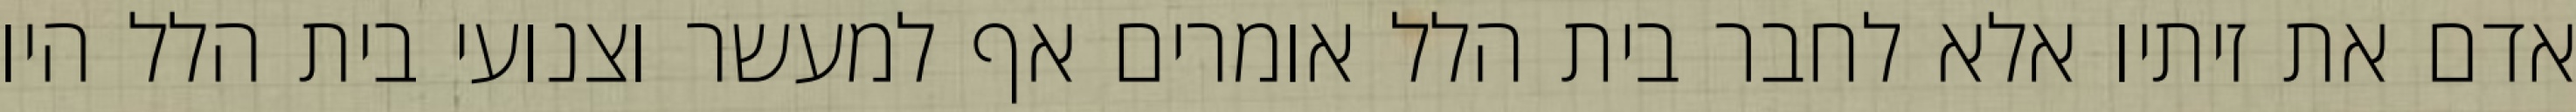
אדם את זיתיו אלא לחבר בית הלל אומרים אף למעשר וצנועי בית הלל היו